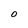
Character: 0